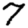
Digit: 7